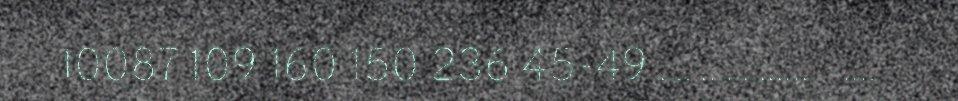
10087 109 160 150 236 45-49 ..........................